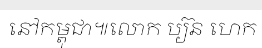
នៅកម្ពុជា៕លោក ប្យ៊ន ហេក